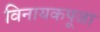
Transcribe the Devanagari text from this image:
विनायकपूजा